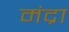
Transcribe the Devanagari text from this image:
मंद्रा